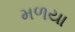
મળયા